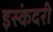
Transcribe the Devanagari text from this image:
इस्कंदरी